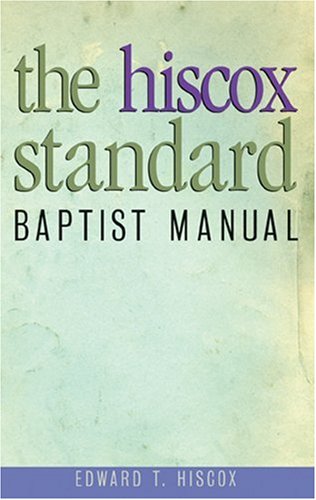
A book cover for Hiscox Standard Baptist Manual; Edward Hiscox; Christian Books & Bibles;